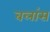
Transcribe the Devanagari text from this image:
बलांस